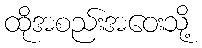
ထိုအစည်းအဝေးသို့